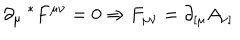
\partial _ { \mu } { ~ } ^ { * } F ^ { \mu \nu } = 0 \Rightarrow F _ { \mu \nu } = \partial _ { [ \mu } A _ { \nu ] }